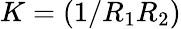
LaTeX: K=(1/R_{1}R_{2})